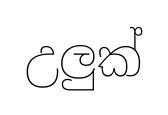
උලුක්